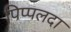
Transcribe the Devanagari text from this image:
पिप्‍पलदा